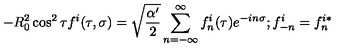
- R _ { 0 } ^ { 2 } \cos ^ { 2 } \tau f ^ { i } ( \tau , \sigma ) = \sqrt { \frac { \alpha ^ { \prime } } { 2 } } \sum _ { n = - \infty } ^ { \infty } f _ { n } ^ { i } ( \tau ) e ^ { - i n \sigma } ; f _ { - n } ^ { i } = f _ { n } ^ { i * }